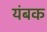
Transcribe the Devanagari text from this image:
यंबक